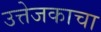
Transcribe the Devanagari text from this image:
उत्तेजकाचा